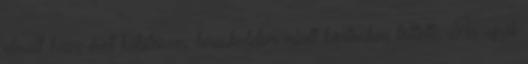
elmúlt húsz évet kábítószer-kereskedelem miatt börtönben töltötte. Az egyik